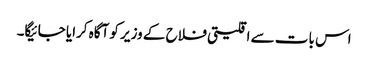
اس بات سے اقلیتی فلاح کے وزیر کو آگاہ کرایا جائیگا۔